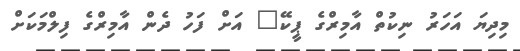
މިދިޔަ އަހަރު ނިކުތް އާމިރްގެ ޕީކޭ" އަށް ފަހު ދެން އާމިރްގެ ފިލްމަކަށް